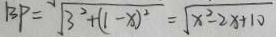
B P = \sqrt { 3 ^ { 2 } + ( 1 - x ) ^ { 2 } } = \sqrt { x ^ { 2 } - 2 x + 1 0 }